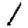
Digit: 1